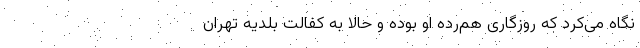
نگاه می‌کرد که روزگاری هم‌رده او بوده و حالا به کفالت بلدیه تهران